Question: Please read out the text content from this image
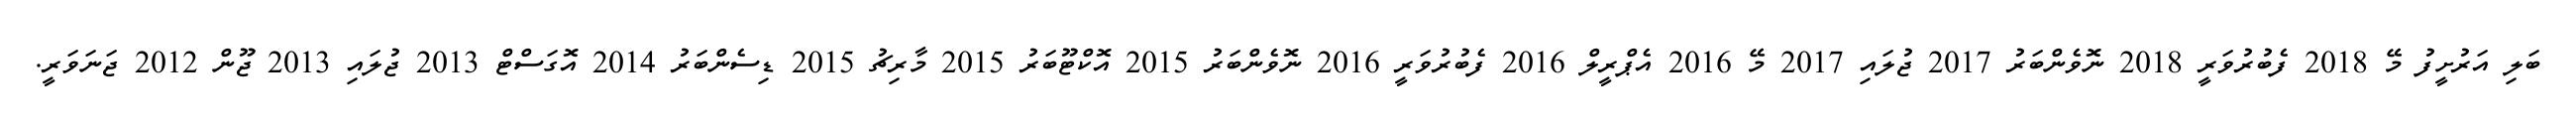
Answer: ބަލި އަރުށީފު މޭ 2018 ފެބުރުވަރީ 2018 ނޮވެންބަރު 2017 ޖުލައި 2017 މޭ 2016 އެޕްރީލް 2016 ފެބުރުވަރީ 2016 ނޮވެންބަރު 2015 އޮކްޓޫބަރު 2015 މާރިޗު 2015 ޑިސެންބަރު 2014 އޮގަސްޓް 2013 ޖުލައި 2013 ޖޫން 2012 ޖަނަވަރީ.